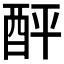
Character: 𨠟